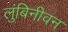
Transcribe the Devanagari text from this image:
लुंबिनीवन